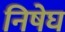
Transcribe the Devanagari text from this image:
निषेघ